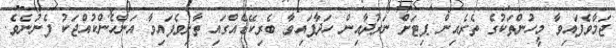
ޖަމާވެފައިވާ މީހުންތަކުގެ ތެރެއިން ޕިޓަށް ނަރުދާއިން ހަދާފައިވާ ބެރިކޭޑެއްގައި ތާށިވެފައިވާ އަންހެންކުއްޖަކު ފެނުނެވެ.